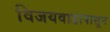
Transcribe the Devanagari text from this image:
विजयवाडापासून